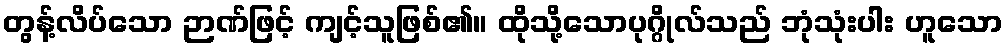
တွန့်လိပ်သော ဉာဏ်ဖြင့် ကျင့်သူဖြစ်၏။ ထိုသို့သောပုဂ္ဂိုလ်သည် ဘုံသုံးပါး ဟူသော